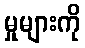
မှုများကို